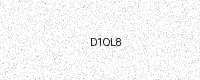
Text: D1OL8